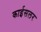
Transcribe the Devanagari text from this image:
काईसलर